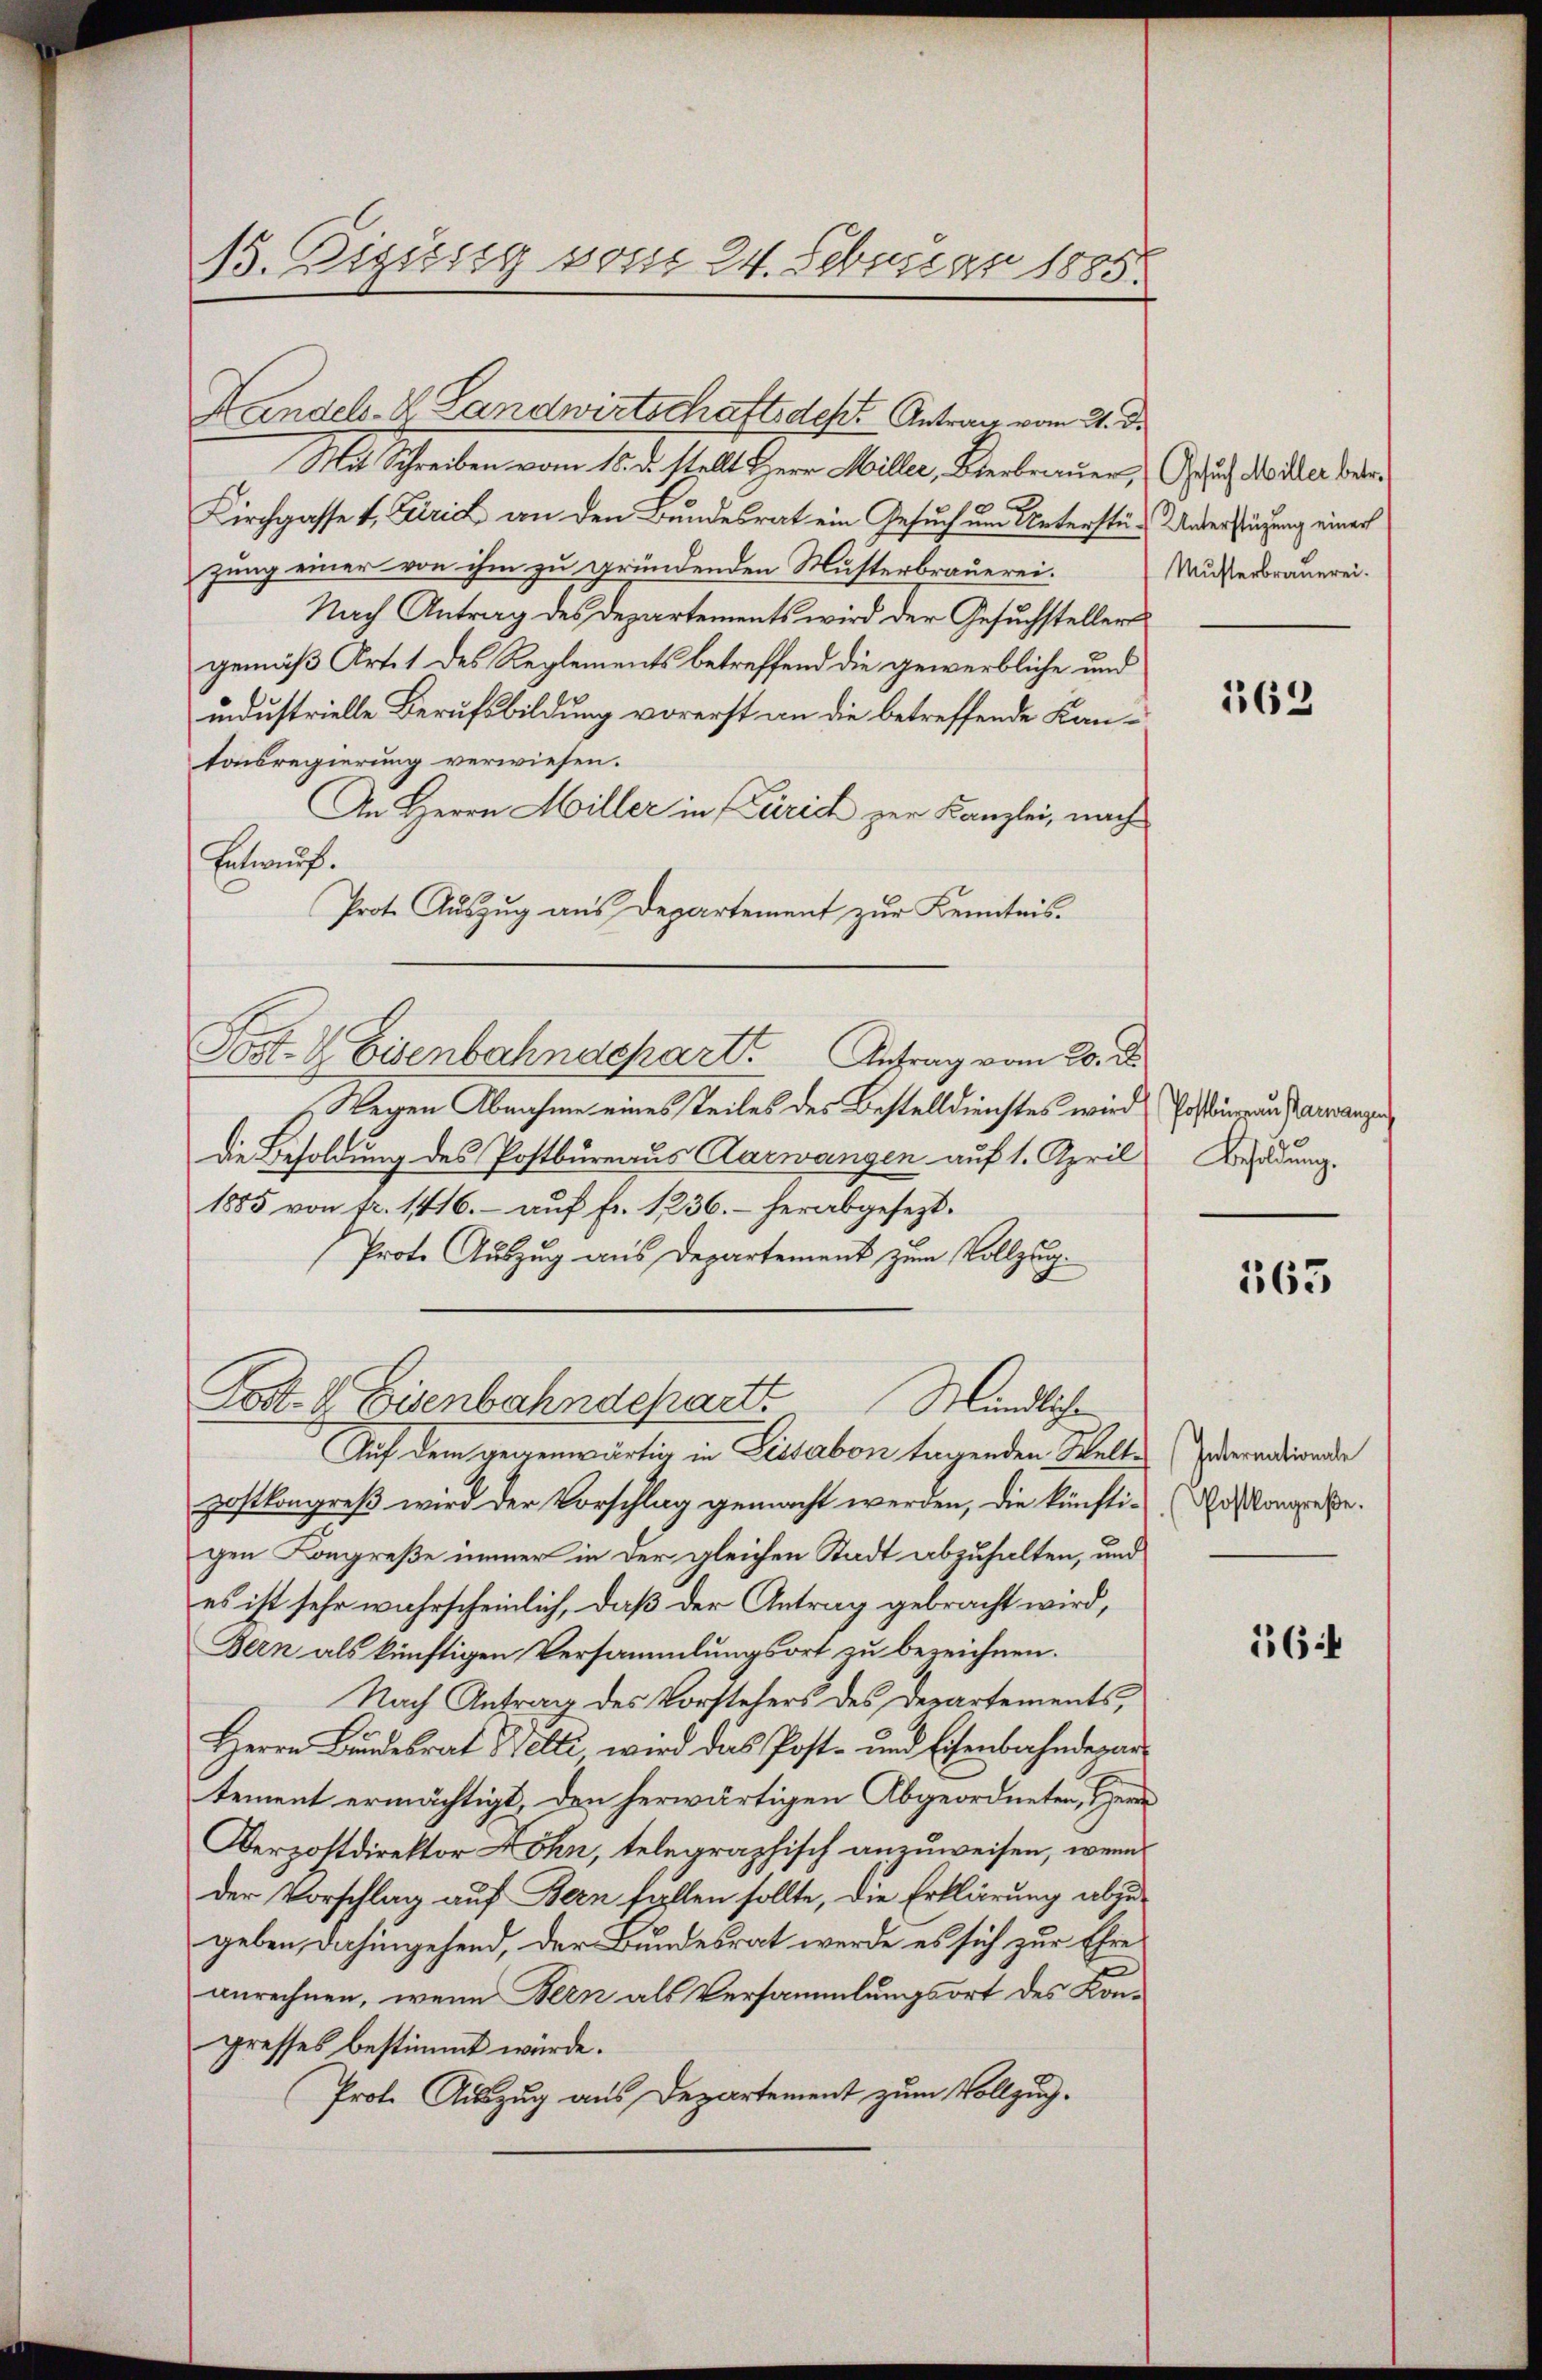
B. Zigusig vom 24. Februar 1885.

Handels-K. Landwirtschaftsdest. Antrag vom 21. d.
Mu Schreiben vom 15. d. stellt Herr Miller, Vertrauer, Gesuch des der beden
Kirchgasset. Gerich an den Bundesrat ein Gesuch und Unterst- Unterstüzung einer
zung einer von ihm zu gründenden Musterbrauerei.
Nach Antrag des Departements wird der Gesuchstellers
gemäß Art. 1 des Reglements betreffend die gewerbliche und
industrielle Berufsbildung vorerst an die betreffende Kantonsregierung verwiesen.
An Herrn Miller in Zürich zur Kanzlei, nach
Entwurf.
Prote Auszug aus Departement zur Kenntnis.
Wegen Abnahme eines Teiles des Bestelldienstes wird Posten und Zarrangen
Die Besoldung des Postbureaus Aarwangen auf 1. April Beldung.
1885 von fr. 1416. auf fr. 1236. - herabgesezt.
Prote Auszug aus Departement zum Vollzug.
Post- & Eisenbahndepart
Mündlichen
Auf dem gegenwärtig in Lissabon tagenden Welte (Enderentwerden
postkongreß wird der Vorschlag gemacht werden, die künfti-Nosongreße.
gen Kongreße immer in der gleichen Stadt abzuhalten, und
es ist sehr wahrscheinlich, daß der Antrag gebracht wird,
Bern als künftigen Versammlungsort zu bezeichnen.
Nach Antrag des Vorstehers des Departements,
Herrn Bŭndesrat Welti wird das Post- und Eisenbahndepar
tement ermächtigt, den herwärtigen Abgeordneten, Her
Derpostdirektor Lohn, telegraphisch anzuweisen, wenn
der Vorschlag auf Bern fallen sollte, die Erklärung abzugeben dahingehend, der Bundesrat werde es sich zur Ehre
anrechnen, wenn Bern als Versammlungsort des Kongresses bestimmt würde.
Prot. Auszug aus Departement zum Vollzug.

Post- & Eisenbahndepart Antrag vom 20. ds.

Musterbrauerei.

162

163

56: